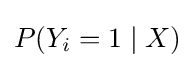
P(Y_{i}=1\mid X)